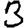
Digit: 3